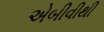
એબીવીથી